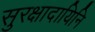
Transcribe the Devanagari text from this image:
सुरक्षादायिनि